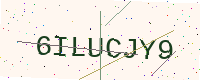
Text: 6ILUCJY9